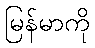
မြန်မာကို